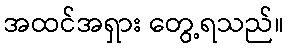
အထင်အရှား တွေ့ရသည်။